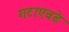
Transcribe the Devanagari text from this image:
गटाएवढे